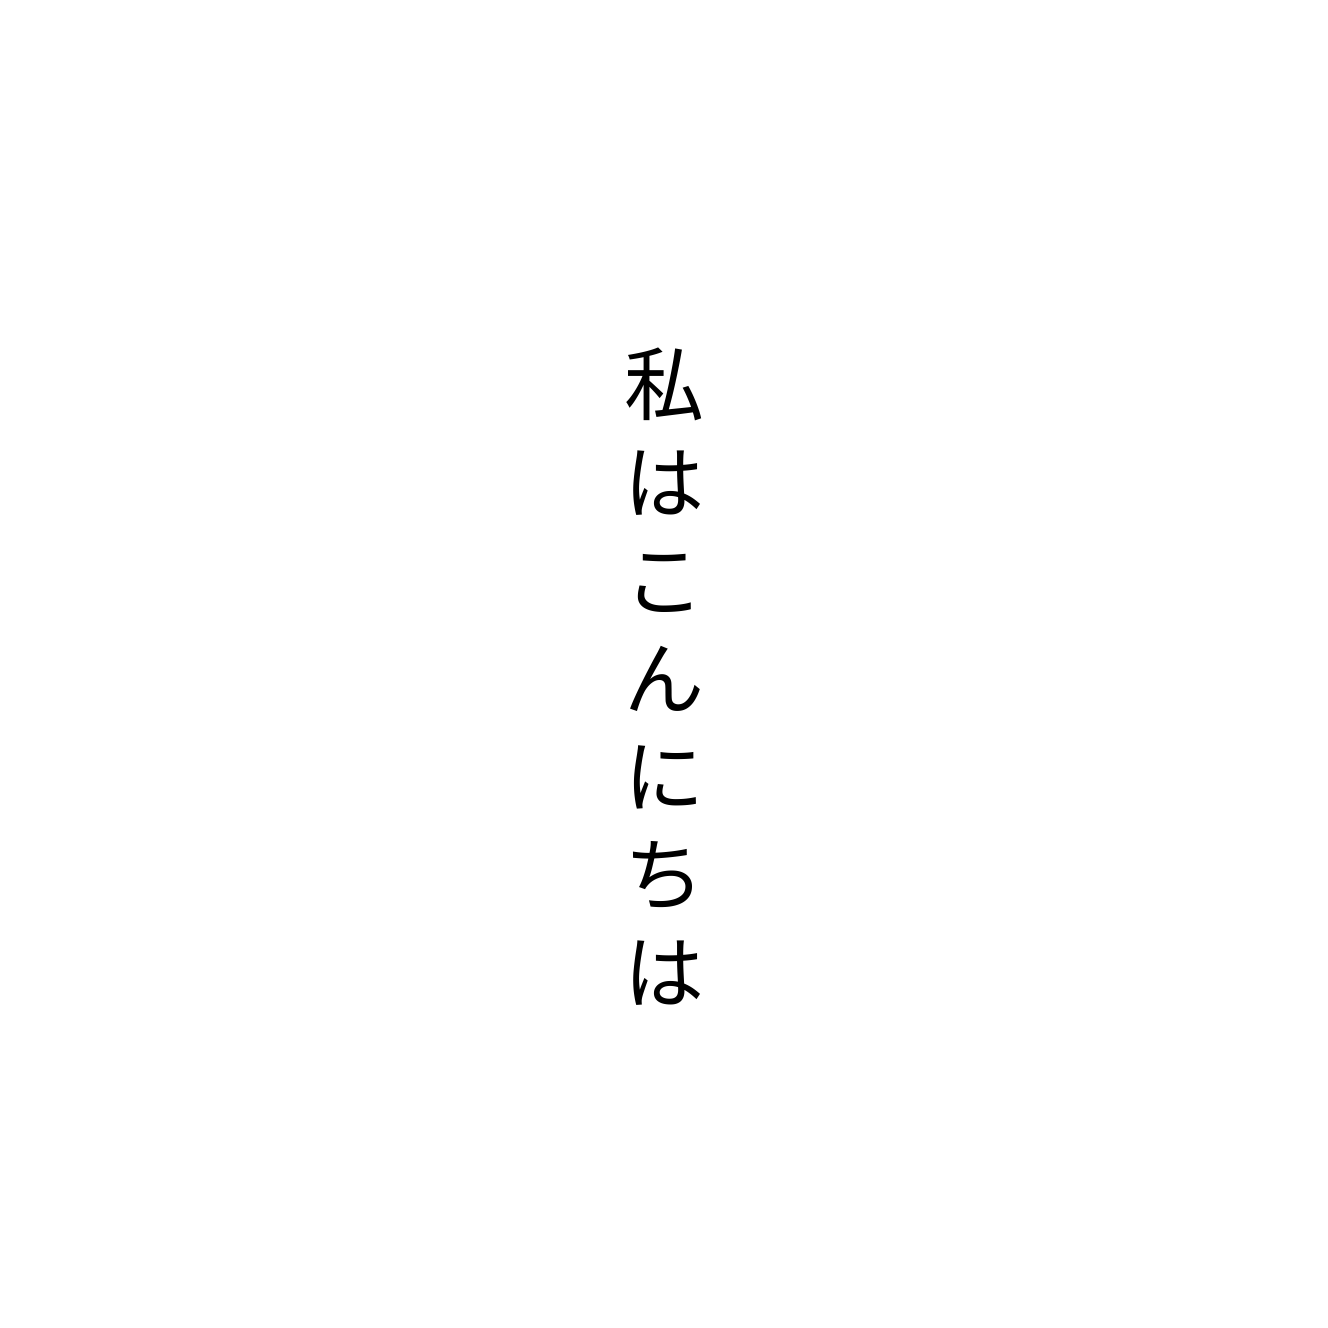
私はこんにちは